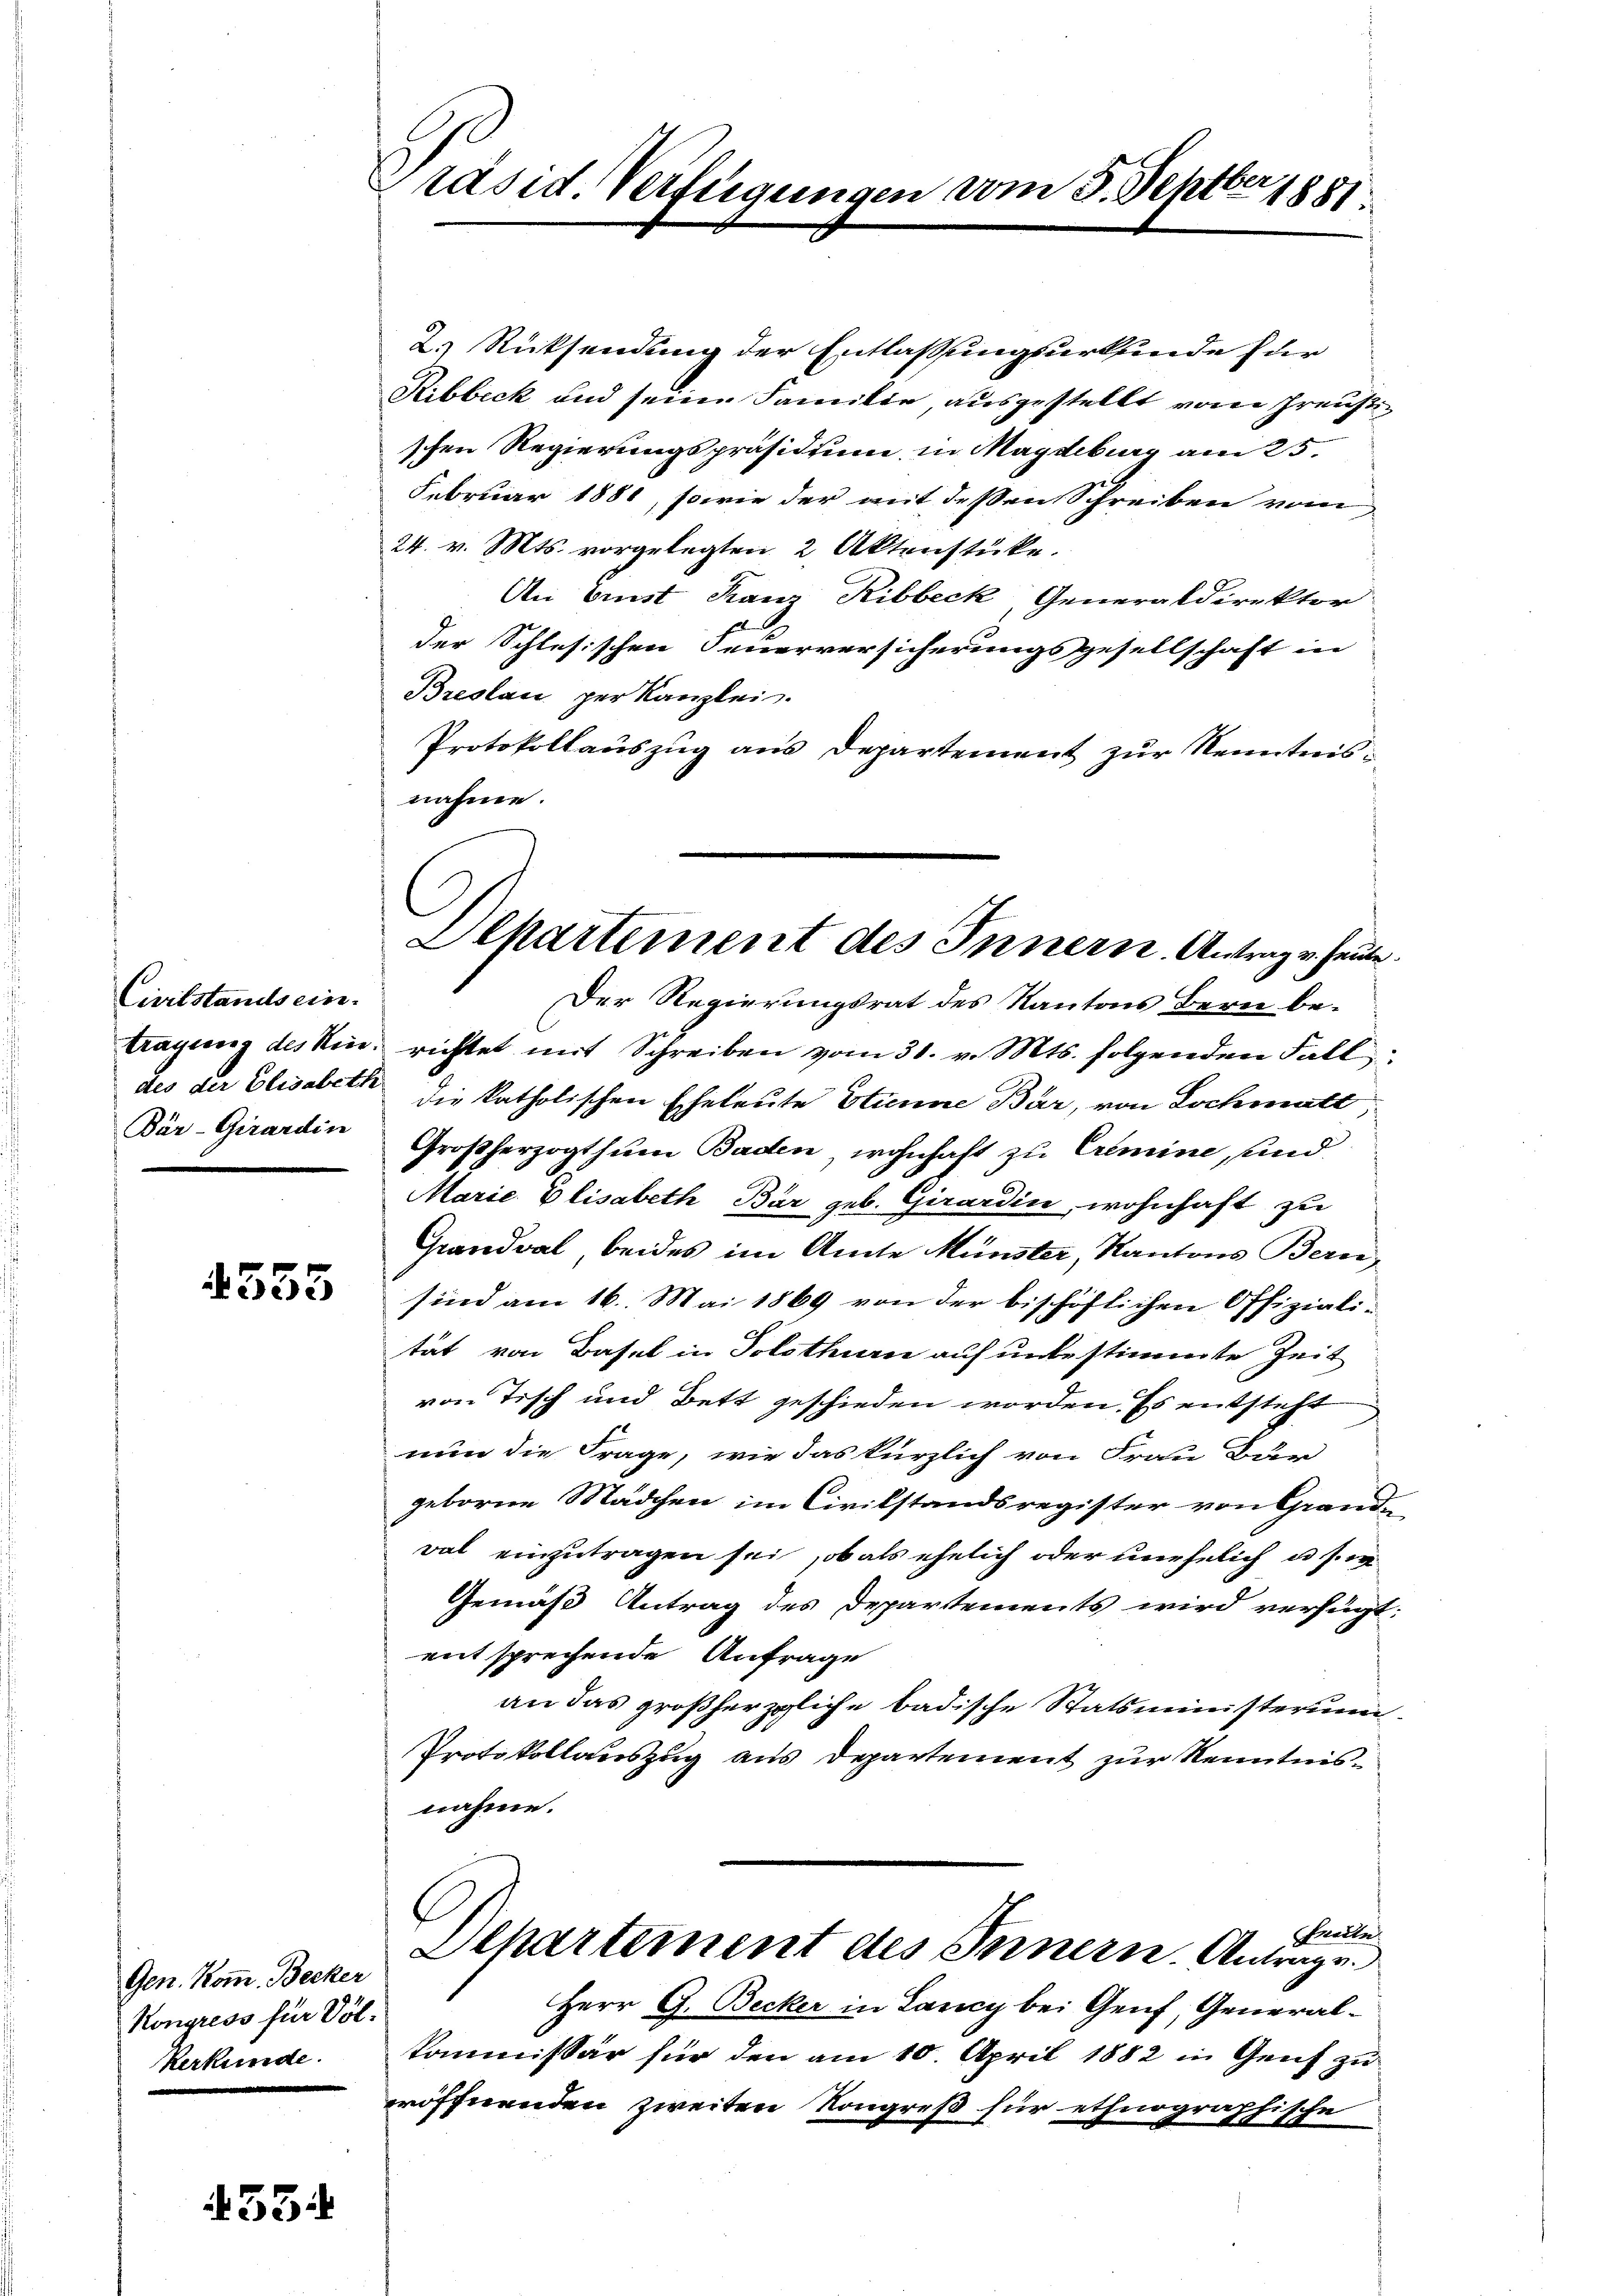
Civilstandsein.
des der Elisabeth
Bär-Girardin

555

Gen. Komm. Becker
Kongress für Vol.
kerkunde.

453.

Präsid. Verftigungen vom 3. Septber 1881.

2.) Rücksendung der Entlassungsurkunde für
Ribbeck und seine Familie, ausgestellt vom Preußischen Regierungspräsidium in Magdeburg am 25.
Februar 1881, sowie der mit deßen Schreiben vom
24. v. Mts. vorgelegten 2 Aktenstücke.
An Ernst Kauz Ribbeck, Generaldirektor
der Schlesischen Feuerversicherungsgesellschaft in
Breslau per Kanzlei.
Protokollauszug aus Departement zur Kenntnisnahme.
Der Regierungsrat des Kantons Bern betragung des Kin. richtet mit Schreiben vom 31. v. Mts. folgenden Fall
die katholischen Eheleute Etienne Bär, von Lochmate
Großherzogthum Baden, wohnhaft zu Crimine, und
Marie Elisabeth Bar geb. Girardin, wohnhaft zu
Grandval, beides im Amte Münster, Kantons Bern,
sind am 16. Mai 1869 von der bischöflichen Offizialität von Basel in Solothurn auf unbestimmte Zeit
von Tisch und Bett geschieden worden. Es entsteht
nun die Frage, wie das kürzlich von Frau Bur
geborne Mädchen im Civilstandsregister von Grande
val einzutragen sei, ob als ehelich oder unehelich u. s. er
Gemäß Antrag des Departements wird verfügt.
mitsprechende Anfrage
an das großherzliche badische Statsministerum
Protokollauszug aus Departement zur Kenntnisnahme.
Bleule
Departement des Innern. Antrage.
Herr G. Becker in Lancy bei Genf, Generalkommissär für den am 10. April 1882 in Genf zu
eröffnenden zweiten Kongreß für ethnographische

Departement des Innern. Antrag v. Heute